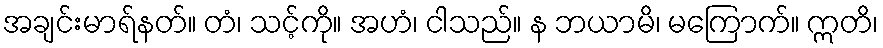
အချင်းမာရ်နတ်။ တံ၊ သင့်ကို။ အဟံ၊ ငါသည်။ န ဘယာမိ၊ မကြောက်။ ဣတိ၊